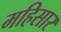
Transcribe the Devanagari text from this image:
महिसार